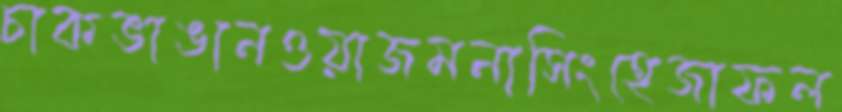
চাকভাঙানওয়াজমনাসিংহেজাফল